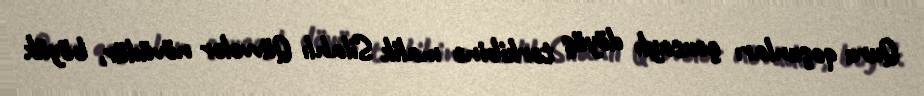
Quru qoşunları çoxsaylı döyüş tərkibinə malik Silahlı Qüvvələr növüdür, böyük